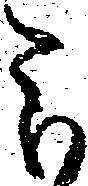
被